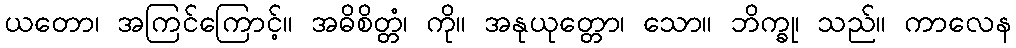
ယတော၊ အကြင်ကြောင့်။ အဓိစိတ္တံ၊ ကို။ အနုယုတ္တော၊ သော။ ဘိက္ခု၊ သည်။ ကာလေန